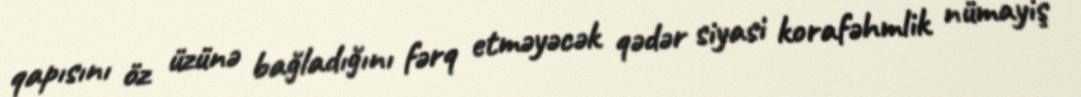
qapısını öz üzünə bağladığını fərq etməyəcək qədər siyasi korafəhmlik nümayiş